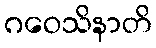
ဂဝေသိနာတိ